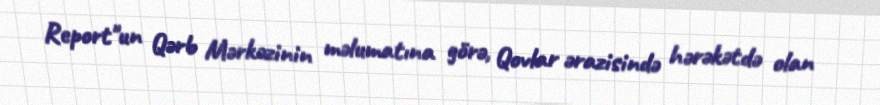
Report"un Qərb Mərkəzinin məlumatına görə, Qovlar ərazisində hərəkətdə olan